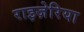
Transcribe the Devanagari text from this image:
राइज़ेरिया